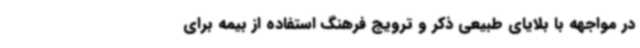
در مواجهه با بلایای طبیعی ذکر و ترویج فرهنگ استفاده از بیمه برای